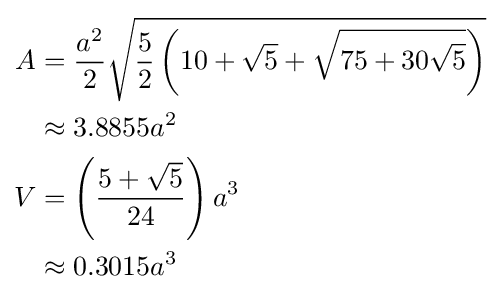
{\begin{aligned}A&={\frac {a^{2}}{2}}{\sqrt {{\frac {5}{2}}\left(10+{\sqrt {5}}+{\sqrt {75+30{\sqrt {5}}}}\right)}}\\&\approx 3.8855a^{2}\\V&=\left({\frac {5+{\sqrt {5}}}{24}}\right)a^{3}\\&\approx 0.3015a^{3}\end{aligned}}